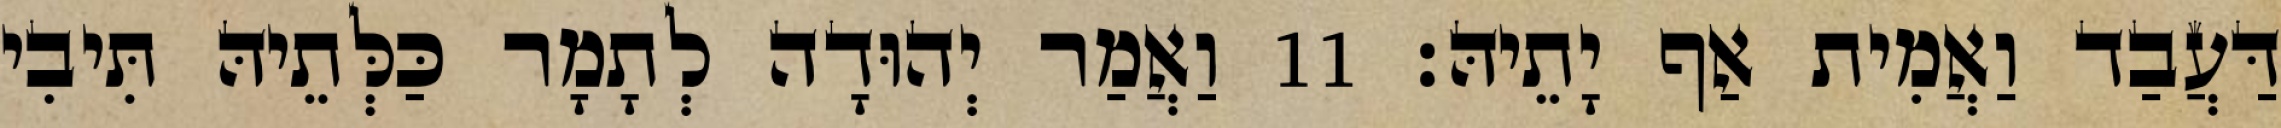
דַּעֲבַד וַאֲמִית אַף יָתֵיהּ׃ 11 וַאֲמַר יְהוּדָה לְתָמָר כַּלְּתֵיהּ תִּיבִי